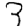
Digit: 3